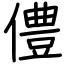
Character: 僼